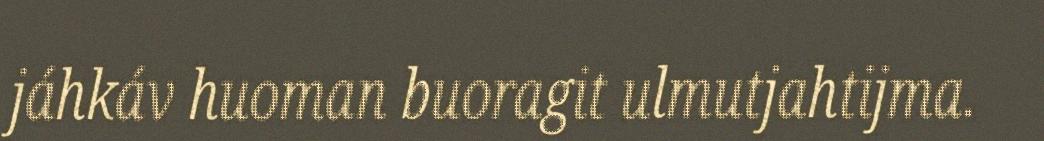
jáhkáv huoman buoragit ulmutjahtijma.